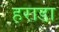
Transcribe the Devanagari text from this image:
हराडा